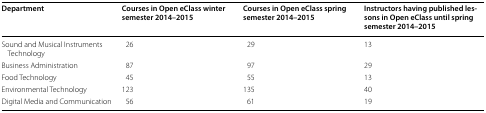
| Department | Courses in Open eClass winter semester 2014–2015 | Courses in Open eClass spring semester 2014–2015 | Instructors having published lessons in Open eClass until spring semester 2014–2015 |
 | --- | --- | --- | --- |
 | Sound and Musical Instruments Technology | 26 | 29 | 13 |
 | Business Administration | 87 | 97 | 29 |
 | Food Technology | 45 | 55 | 13 |
 | Environmental Technology | 123 | 135 | 40 |
 | Digital Media and Communication | 56 | 61 | 19 |